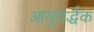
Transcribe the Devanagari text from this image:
आयुवर्द्धक